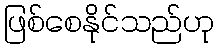
ဖြစ်စေနိုင်သည်ဟု